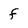
Character: f